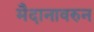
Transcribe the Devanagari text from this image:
मैदानावरुन